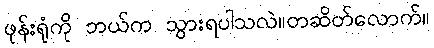
ဖုန်းရုံကို ဘယ်က သွားရပါသလဲ။တဆိတ်လောက်။